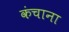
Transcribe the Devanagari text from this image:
कंचाना